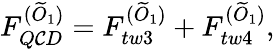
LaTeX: F_{Q\mathcal{C}D}^{(\widetilde{{O}}_{1})}=F_{tw3}^{(\widetilde{{O}}_{1})}+F_{tw4}^{(\widetilde{{O}}_{1})},